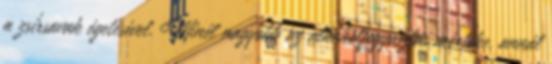
a zsírsavak égetésével. Minél nagyobb az alkoholfogyasztás mértéke, annál